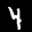
Label: 4